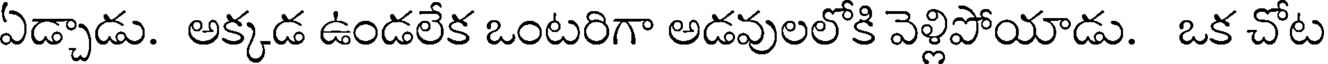
ఏడ్చాడు. అక్కడ ఉండలేక ఒంటరిగా అడవులలోకి వెళ్లిపోయాడు. ఒక చోట